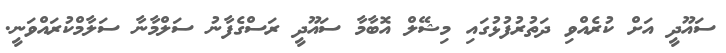
ސައޫދީ އަށް ކުރެއްވި ދަތުރުފުޅުގައި މިޝޭލް އޮބާމާ ސައޫދީ ރަސްގެފާނު ސަލްމާނާ ސަލާމްކުރައްވަނީ.